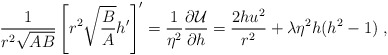
\begin{align*}\frac1{r^2\sqrt{AB}}\left[r^2\sqrt{\frac BA}h'\right]'=\frac1{\eta^2}\frac{\partial {\cal U}}{\partial h}=\frac{2hu^2}{r^2}+\lambda\eta^2 h(h^2-1) \ ,\end{align*}